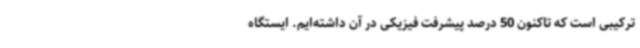
ترکیبی است که تاکنون 50 درصد پیشرفت فیزیکی در آن داشته‌ایم. ایستگاه